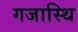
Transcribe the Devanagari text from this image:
गजास्थि